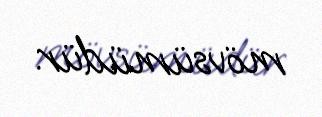
mövsümüdür.